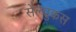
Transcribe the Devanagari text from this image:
सेल्‍युकस